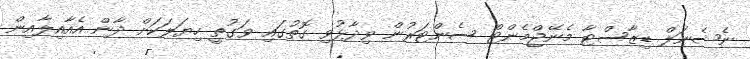
ނެޝެނަލް ޑިޒާސްޓާ މެނޭޖްމެންޓް ސެންޓަރުން ވިދާޅުވި ގޮތުގައި ވަގުތީ ހިޔަލަކަށް ދާން އެއާއިލާއިން